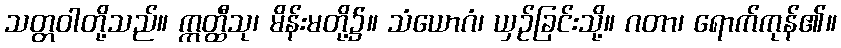
သတ္တဝါတို့သည်။ ဣတ္ထီသု၊ မိန်းမတို့၌။ သံယောဂံ၊ ယှဉ်ခြင်းသို့။ ဂတာ၊ ရောက်ကုန်၏။